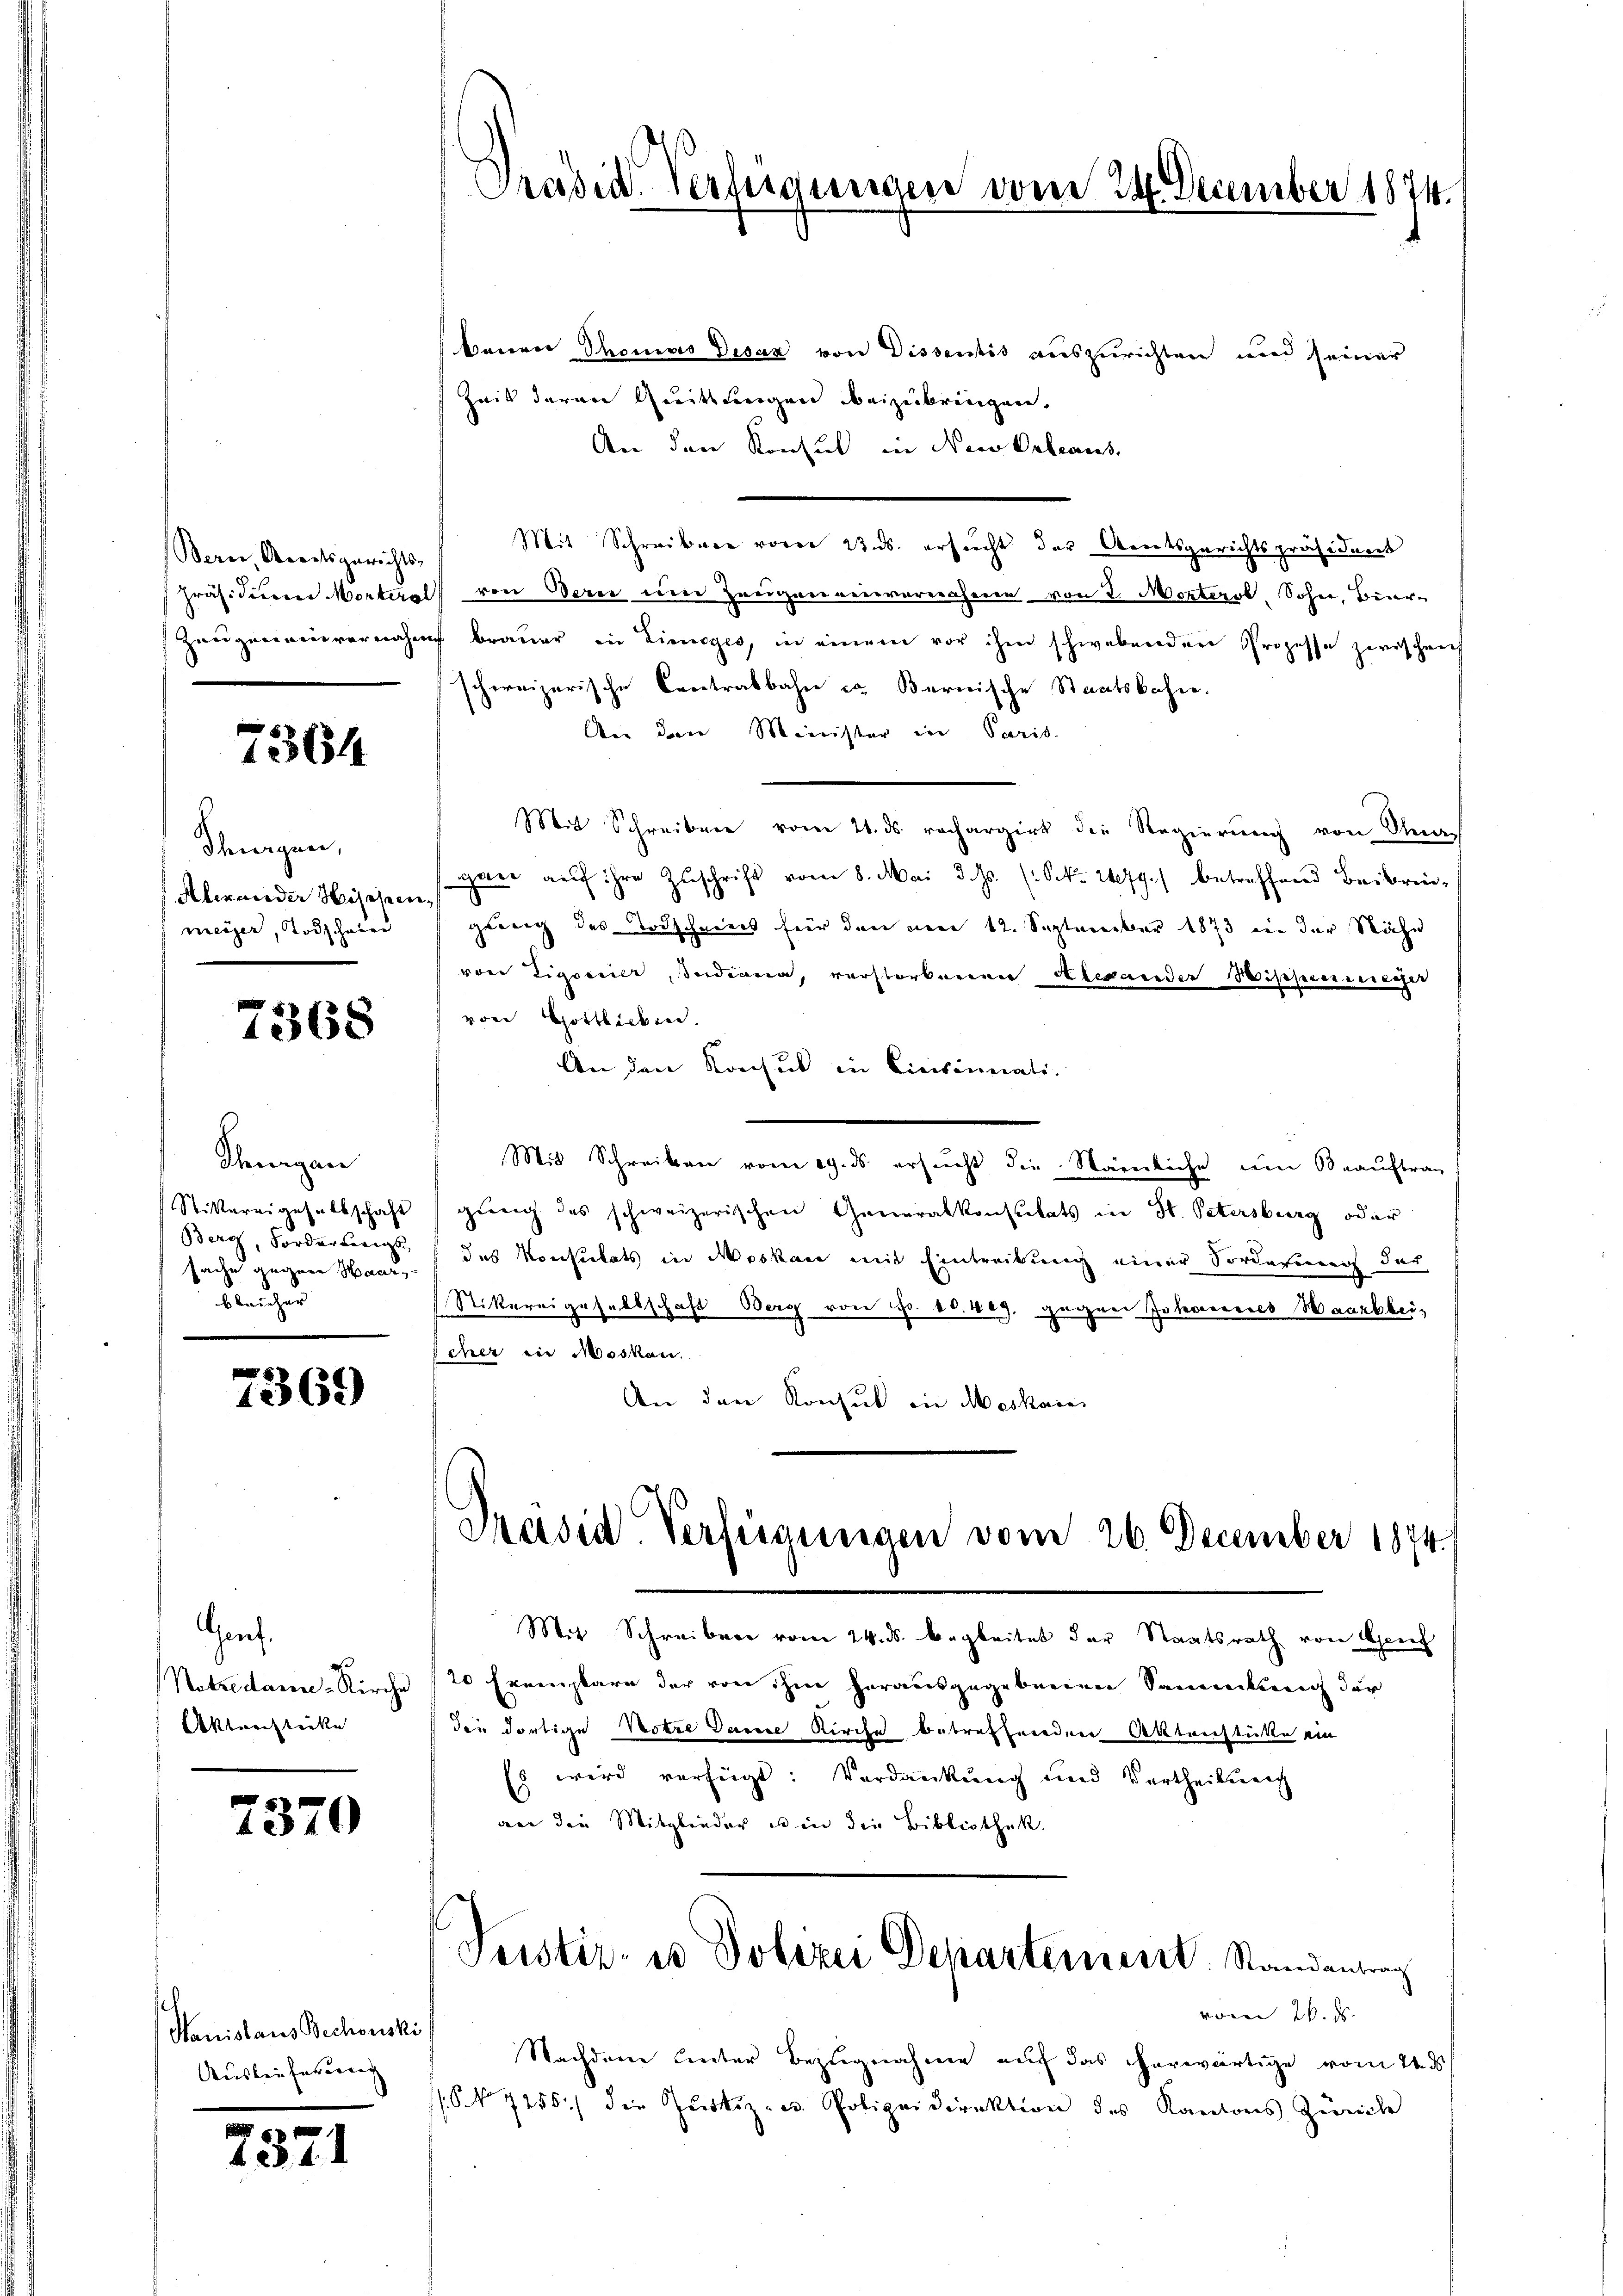
Bern, Amtsgerichts-
Zeugen neuvernahme

7364

Schürgen,
Alexander Hischen
meier, Todschair

7368

Scheinigen
Sittereigeselbschaft
Berg, Forderwenigs
sache gegene Haar,
bleicher

5
1569)

Genf.
Notredame-Kirche
Aktenstücke

7370

Hanislaus Bechowski 1
Ausbeuferirung

2371

Präsid. Verlegungen vom 24. December 1874.

barrer Thomas Desaz von Dissentis auszurichten und seiner
Zeit darare Quittungen beizubringen.
An den Konsul in den Gebraus,
Mit Schreibere vorer 23. ds. ersucht der Arnetsgerichtspräsident
Präsidierer Morteral von Bern um Zeugendenvernahmen von 2. Marterot, Sohne, Bier¬
 Brauer in Limoges, in einem vor ihm schwabenden Prozesse zwischens
schweizerische Centralbahne in Bernische Staatskahne.
An den Minister in Paris.
Mit Schreiben vom 21. ds rechargirt die Regierung von Sta
gare auf ihre Zuschrift vom 8. Mai d. Js. (: No 1479) betreffend Beibringerung des Todschneeis für den um 12. September 1873 in der Nähe
von Ligorier, Indiana, verstorbenen Alexander Wissemesser
von Gottlieben.
An den Konsul in Civisimmati
Mit Schreiben vom 19. ds ersucht die Nämliche um Beauftrag
gŭng des schweizerischen Generalkonsulats in St. Petersburg oder
das Konsulats in Moskaie mit Eintreikung einer Sorderinners der
Nikereigesaltschaft Berg von Fr. 40. 409, gegen Johannes Waarbeicher in Moskau
An den Konsul in Meskan
Präsid Verfügungen vom 26. December 1874.

Mit Schreiben vom 24. ds. begleitet der Staatsrath von Sprec
20 Exemplare der von ihm herausgegebenen Sammlung der
die dortige Motre Dame Kirche betreffenden Aktenstütte ein
Es wird verfügt: Verdankung und Vertheilung
an die Mitglieder es in die Bibliothek.

Nachdem hinter Bezugnahme auf das herwärtige vom 26. ds
(No 7255) die Justiz- u. Polizeidirektion des Kantons Zürich

Justiz- u Polizei Departement. Standeutung

vom 26. d.